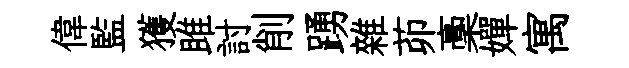
偉監獲雎討削踴雜茆稾嬋寓